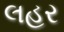
લહર